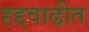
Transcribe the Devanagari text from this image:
हद्दवाढीत